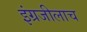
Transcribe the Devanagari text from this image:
इंग्रजीलाच